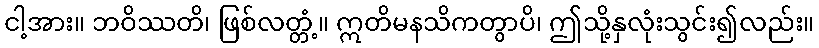
ငါ့အား။ ဘဝိဿတိ၊ ဖြစ်လတ္တံ့။ ဣတိမနသိကတွာပိ၊ ဤသို့နှလုံးသွင်း၍လည်း။